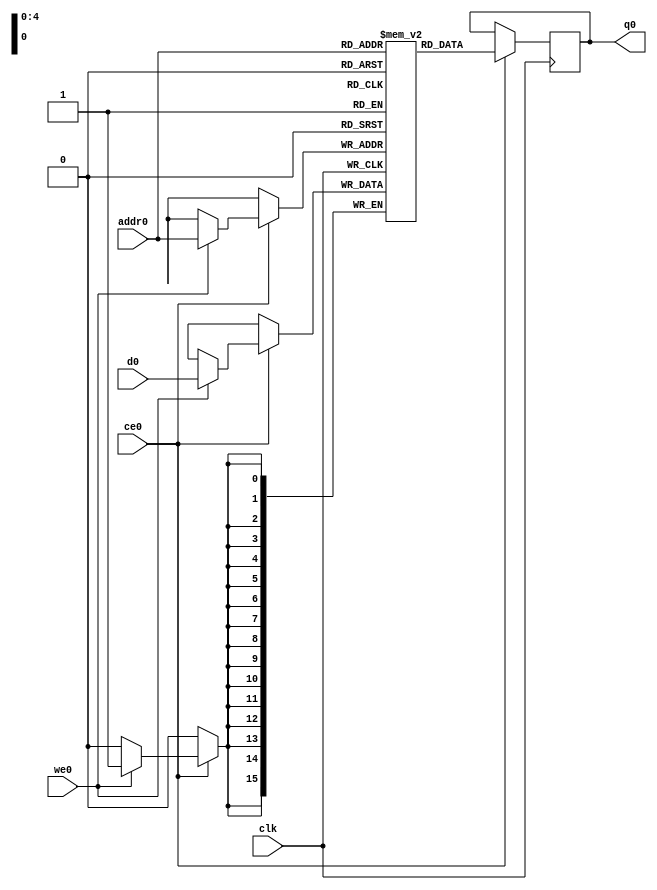
// ==============================================================
// Vivado(TM) HLS - High-Level Synthesis from C, C++ and SystemC v2019.2 (64-bit)
// Copyright 1986-2019 Xilinx, Inc. All Rights Reserved.
// ==============================================================
`timescale 1 ns / 1 ps
module conv_2d_cl_ss_ap_fixed_ap_fixed_16_4_5_3_0_config5_s_tmpdjbC_ram (addr0, ce0, d0, we0, q0,  clk);

parameter DWIDTH = 16;
parameter AWIDTH = 5;
parameter MEM_SIZE = 32;

input[AWIDTH-1:0] addr0;
input ce0;
input[DWIDTH-1:0] d0;
input we0;
output reg[DWIDTH-1:0] q0;
input clk;

(* ram_style = "distributed" *)reg [DWIDTH-1:0] ram[0:MEM_SIZE-1];




always @(posedge clk)  
begin 
    if (ce0) begin
        if (we0) 
            ram[addr0] <= d0; 
        q0 <= ram[addr0];
    end
end


endmodule

`timescale 1 ns / 1 ps
module conv_2d_cl_ss_ap_fixed_ap_fixed_16_4_5_3_0_config5_s_tmpdjbC(
    reset,
    clk,
    address0,
    ce0,
    we0,
    d0,
    q0);

parameter DataWidth = 32'd16;
parameter AddressRange = 32'd32;
parameter AddressWidth = 32'd5;
input reset;
input clk;
input[AddressWidth - 1:0] address0;
input ce0;
input we0;
input[DataWidth - 1:0] d0;
output[DataWidth - 1:0] q0;



conv_2d_cl_ss_ap_fixed_ap_fixed_16_4_5_3_0_config5_s_tmpdjbC_ram conv_2d_cl_ss_ap_fixed_ap_fixed_16_4_5_3_0_config5_s_tmpdjbC_ram_U(
    .clk( clk ),
    .addr0( address0 ),
    .ce0( ce0 ),
    .we0( we0 ),
    .d0( d0 ),
    .q0( q0 ));

endmodule